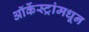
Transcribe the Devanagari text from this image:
ऑर्केस्ट्रांमधून